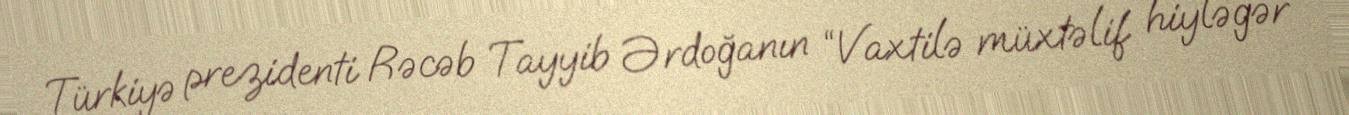
Türkiyə prezidenti Rəcəb Tayyib Ərdoğanın “Vaxtilə müxtəlif hiyləgər